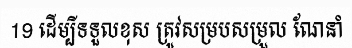
19 ដើម្បីទទួលខុស ត្រូវសម្របសម្រួល ណែនាំ